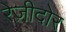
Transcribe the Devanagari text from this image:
रेज़ीदोर